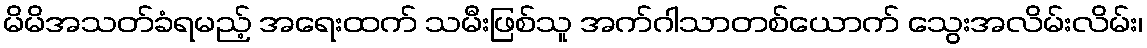
မိမိအသတ်ခံရမည့် အရေးထက် သမီးဖြစ်သူ အက်ဂါသာတစ်ယောက် သွေးအလိမ်းလိမ်း၊